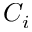
C _ { i }